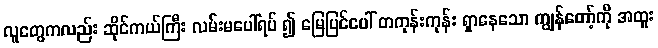
လူတွေကလည်း ဆိုင်ကယ်ကြီး လမ်းမပေါ်ရပ် ၍ မြေပြင်ပေါ် တကုန်းကုန်း ရှာနေသော ကျွန်တော့်ကို အထူး